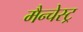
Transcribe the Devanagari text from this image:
मैन्चेस्ट्र